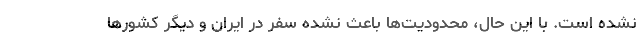
نشده است. با این حال، محدودیت‌ها باعث نشده سفر در ایران و دیگر کشورها